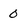
Character: 0